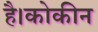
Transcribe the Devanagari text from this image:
है।कोकीन